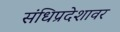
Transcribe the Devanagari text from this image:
संधिप्रदेशावर